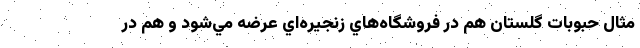
مثال حبوبات گلستان هم در فروشگاه‌هاي زنجيره‌اي عرضه مي‌شود و هم در